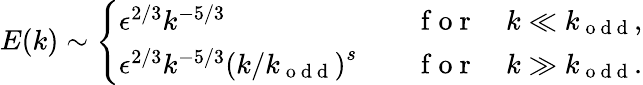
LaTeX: E(k)\sim\left\{ \begin{array}{ll}{\epsilon^{2/3}k^{-5/3}\quad}&{\mathrm{~f~o~r~}\quad k\ll k_{\mathrm{~o~d~d~}},}\\ {\epsilon^{2/3}k^{-5/3}\left(k/k_{\mathrm{~o~d~d~}}\right)^{s}\quad}&{\mathrm{~f~o~r~}\quad k\gg k_{\mathrm{~o~d~d~}}.}\end{array}\right.